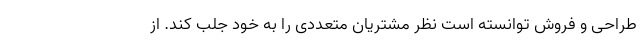
طراحی و فروش توانسته است نظر مشتریان متعددی را به خود جلب کند. از